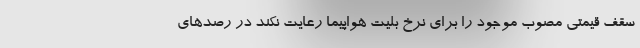
سقف قیمتی مصوب موجود را برای نرخ بلیت هواپیما رعایت نکند در رصدهای